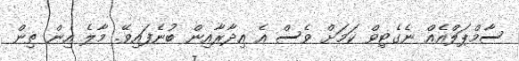
ސާމްޕަލްއެއް ނެގެޓިވް ކަމަށް ވެސް އެ އިދާރާއިން ބުނެފައިވޭ. މާލެ އިން ތިން